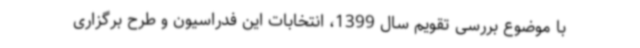
با موضوع بررسی تقویم سال 1399، انتخابات این فدراسیون و طرح برگزاری